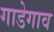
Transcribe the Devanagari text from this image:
गाडेगाव